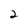
Character: 2